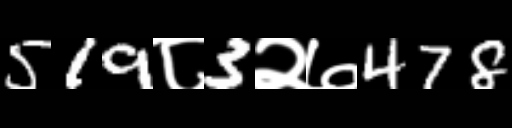
Text: 519८3२७478